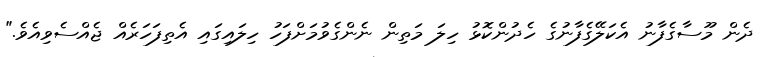
ދެން މޫސާގެފާނު އެކަލޭގެފާނުގެ ހެދުންކޮޅު ހިލަ މަތިން ނެންގެވުމަށްފަހު ހިލައިގައި އެތިފަހަރެއް ޖެއްސެވިއެވެ."